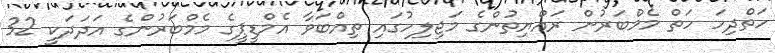
ހަތްދިހަ ހަތް މެމްބަރުން ރައްޔިތުންގެ މަޖިލިހުގައި ތިއްބަވާ އެމްޑީޕީގެ މެމްބަރުންގެ އަދަދަކީ 32